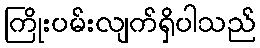
ကြိုးပမ်းလျက်ရှိပါသည်